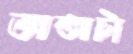
ভাতাটা